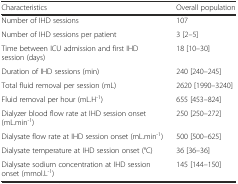
| Characteristics | Overall population |
 | --- | --- |
 | Number of IHD sessions | 107 |
 | Number of IHD sessions per patient | 3 [2–5] |
 | Time between ICU admission and first IHD session (days) | 18 [10–30] |
 | Duration of IHD sessions (min) | 240 [240–245] |
 | Total fluid removal per session (mL) | 2620 [1990–3240] |
 | Fluid removal per hour (mL.H-1) | 655 [453–824] |
 | Dialyzer blood flow rate at IHD session onset (mL.min-1) | 250 [250–272] |
 | Dialysate flow rate at IHD session onset (mL.min-1) | 500 [500–625] |
 | Dialysate temperature at IHD session onset (°C) | 36 [36–36] |
 | Dialysate sodium concentration at IHD session onset (mmol.L-1) | 145 [144–150] |